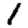
Digit: 1